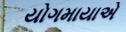
યોગમાયાએ